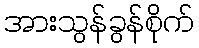
အားသွန်ခွန်စိုက်